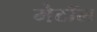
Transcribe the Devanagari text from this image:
मेटॉल